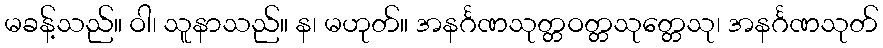
မခန့်သည်။ ဝါ၊ သူနာသည်။ န၊ မဟုတ်။ အနင်္ဂဏသုတ္တဝတ္တသုတ္တေသု၊ အနင်္ဂဏသုတ်